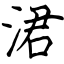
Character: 涒